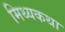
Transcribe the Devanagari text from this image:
मिथ्यकथा